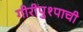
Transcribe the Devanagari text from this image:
गीरीपुश्पाची